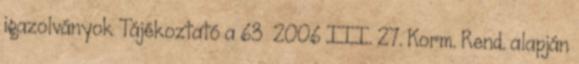
igazolványok Tájékoztató a 63 2006 III. 27. Korm. Rend. alapján